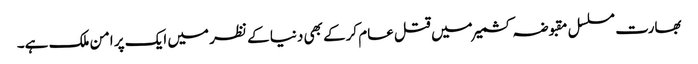
بھارت مسلسل مقبوضہ کشمیر میں قتل عام کرکے بھی دنیا کے نظر میں ایک پر امن ملک ہے۔